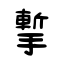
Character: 㨻